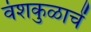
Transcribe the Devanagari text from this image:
वंशकुळाचें